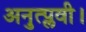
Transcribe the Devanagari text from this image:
अनुत्प्लवी।